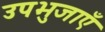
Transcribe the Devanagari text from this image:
उपभुजाएँ